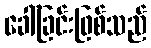
ခေါ်ခြင်းဖြစ်သည်